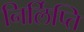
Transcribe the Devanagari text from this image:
निर्लिप्ति